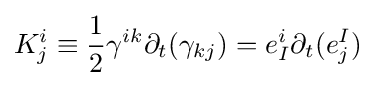
K_{j}^{i}\equiv {\frac {1}{2}}\gamma ^{ik}\partial _{t}(\gamma _{kj})=e_{I}^{i}\partial _{t}(e_{j}^{I})